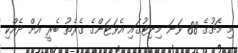
މި މެޗުގެ 88 ވަނަ މިނިޓުގައި އެވަޓަންގެ ގެރެތު ބެރީ އަށް ދެއްކި